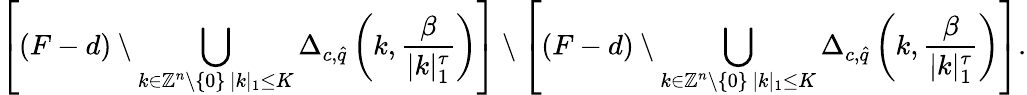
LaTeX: \left[(F-d)\setminus\bigcup_{\substack{k\in\mathbb{Z}^{n}\setminus\{ 0\} \, |k|_{1}\leq K}}\Delta_{c,\hat{q}}\left(k,\frac{\beta}{|k|_{1}^{\tau}}\right)\right]\setminus\left[(F-d)\setminus\bigcup_{\substack{k\in\mathbb{Z}^{n}\setminus\{ 0\} \, |k|_{1}\leq K}}\Delta_{c,\hat{q}}\left(k,\frac{\beta}{|k|_{1}^{\tau}}\right)\right].